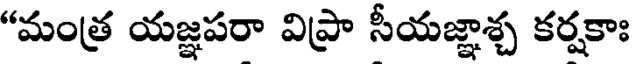
"మంత్ర యజ్ఞపరా విప్రా సీయజ్ఞాశ్చ కర్షకాః